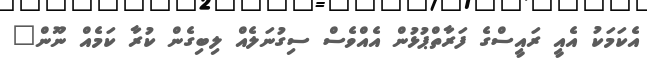
އެކަމަކު އެއީ ރައީސްގެ ފަރާތްޕުޅުން އެއްވެސް ސިގުނަލެއް ލިބިގެން ކުރާ ކަމެއް ނޫން"